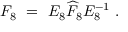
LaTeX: F _ { 8 } \ = \ E _ { 8 } \widehat F _ { 8 } E _ { 8 } ^ { - 1 } \ .